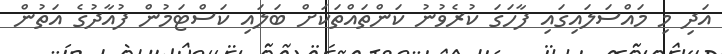
އަދި މި މައްސަލައިގައި ފާހަގަ ކުރެވުނު ކަންތައްތަކަށް ބަލައި ކަސްޓަމުން ފުއާދުގެ އަތުން